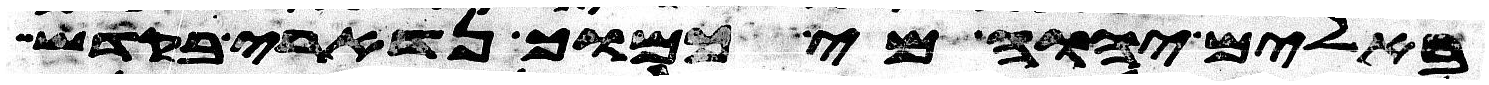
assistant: באלים יהוה מי כמוך נדארי בקדש